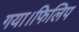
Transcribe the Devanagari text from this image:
गया।फिलिप